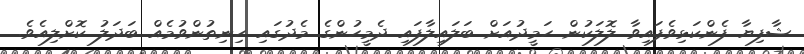
ޝާފިޔާ ފެންކަޅިވެފައިވާ ލޮލަކުން ހަމީދުއަށް ބަލައިލާފައި ދެމީހުންގެ މެދުގައި ހިނިތުންވުމެއް ބަދަލު ކޮށްލިއެވެ.